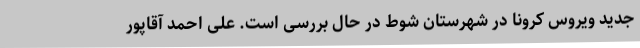
جدید ویروس کرونا در شهرستان شوط در حال بررسی است. علی احمد آقاپور